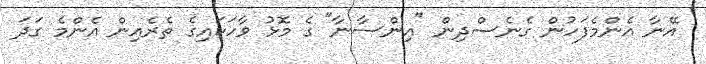
އޭނާ އެންމެފަހުން ގެނެސްދިން "އިންސާނާ" ގެ މޮޅު ވާހަކައިގެ ތެރެއިން އެންމެ ގަދަ